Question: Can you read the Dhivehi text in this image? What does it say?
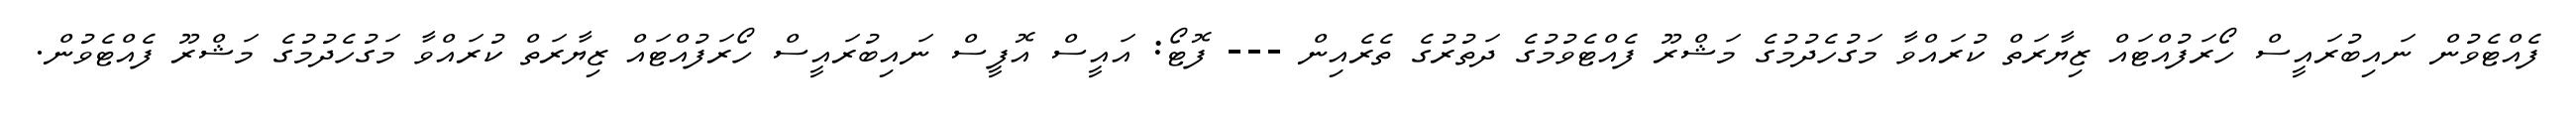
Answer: ފެއްޓެވުން ނައިބުރައީސް ހޯރަފުއްޓައް ޒިޔާރަތް ކުރައްވާ މަގުހެދުމުގެ މަޝްރޫ ފެއްޓެވުމުގެ ދަތުރުގެ ތެރެއިން --- ފޮޓޯ: އައީސް އޮފީސް ނައިބުރައީސް ހޯރަފުއްޓައް ޒިޔާރަތް ކުރައްވާ މަގުހެދުމުގެ މަޝްރޫ ފެއްޓެވުން.